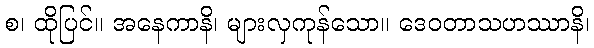
စ၊ ထိုပြင်။ အနေကာနိ၊ များလှကုန်သော။ ဒေဝတာသဟဿာနိ၊